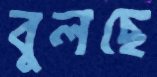
বুলছে